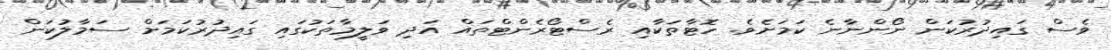
ވެސް ގައިދުރުކަން ނޯންނާނެ ކަމަށެވެ. ހޮޓާތަކާއި ރެސްޓޯރެންޓްތައް އަދި ވަލީމާތަކުގައި ގައިދުރުކަމަށް ސަމާލުކަން